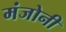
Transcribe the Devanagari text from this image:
मंजोनी